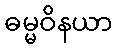
ဓမ္မဝိနယာ